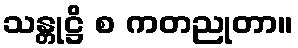
သန္တုဋ္ဌိ စ ကတညုတာ။